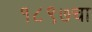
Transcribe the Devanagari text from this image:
१८९७चा